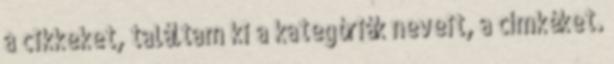
a cikkeket, találtam ki a kategóriák neveit, a címkéket.